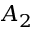
A _ { 2 }